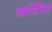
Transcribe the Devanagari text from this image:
कर्त्रिक